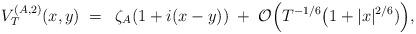
LaTeX: \begin{align*}V_T^{({A},2)}(x,y)\;=\; \; \zeta_{A}(1+i(x-y))\;+\; \mathcal{O}\Big( T^{-1/6}\big(1+|x|^{2/6})\Big),\end{align*}